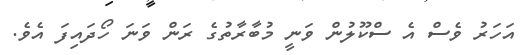
އަހަރު ވެސް އެ ސްކޫލުން ވަނީ މުބާރާތުގެ ރަން ވަނަ ހޯދައިފަ އެވެ.